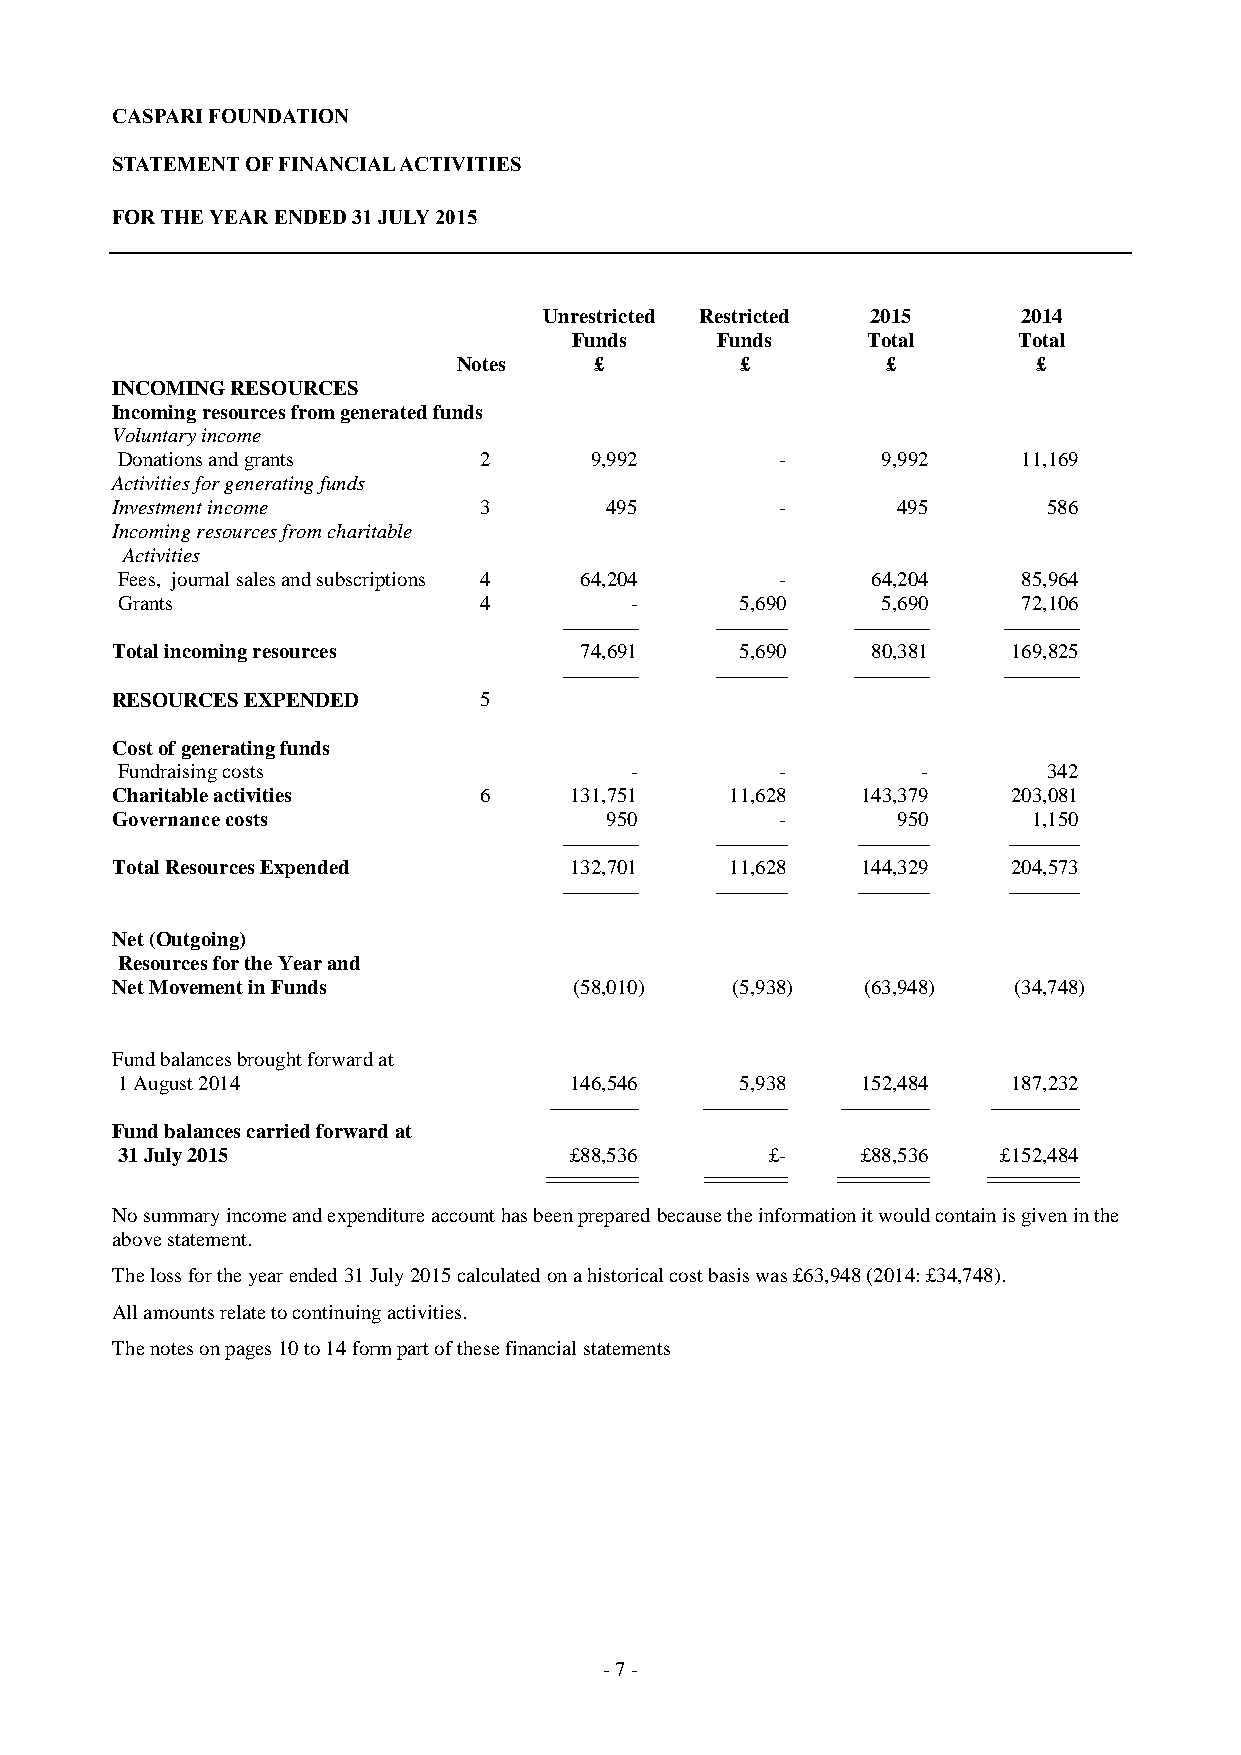
CASPARI FOUNDATION
 STATEMENT OF FINANCIAL ACTIVITIES
 FOR THE YEAR ENDED 31 JULY 2015
 Unrestricted Restricted 2015    2014
 Funds    Funds     Total     Total
 Notes    £         £         £         £
 INCOMING RESOURCES
 Incoming resources from generated funds
 Voluntary income
 Donations and grants    2      9,992        -     9,992     11,169
 Activities for generating funds
 Investment income        3       495         -      495       586
 Incoming resources from charitable
 Activities
 Fees, journal sales and subscriptions 4 64,204 -  64,204    85,964
 Grants                  4         -      5,690    5,690     72,106
 ----------------- ---------------- ----------------- -----------------
 Total incoming resources       74,691     5,690    80,381   169,825
 ----------------- ---------------- ----------------- -----------------
 RESOURCES EXPENDED       5
 Cost of generating funds
 Fundraising costs                 -         -        -       342
 Charitable activities    6     131,751   11,628   143,379   203,081
 Governance costs                 950         -      950      1,150
 ----------------- ---------------- ---------------- ----------------
 Total Resources Expended       132,701   11,628   144,329   204,573
 ----------------- ---------------- ---------------- ----------------
 Net (Outgoing)
 Resources for the Year and
 Net Movement in Funds          (58,010)  (5,938)  (63,948)  (34,748)
 Fund balances brought forward at
 1 August 2014                 146,546    5,938   152,484   187,232
 -------------------- ------------------- -------------------- --------------------
 Fund balances carried forward at
 31 July 2015                  £88,536      £-    £88,536  £152,484
 ========== ========= ========== ==========
 No summary income and expenditure account has been prepared because the information it would contain is given in the
 above statement.
 The loss for the year ended 31 July 2015 calculated on a historical cost basis was £63,948 (2014: £34,748).
 All amounts relate to continuing activities.
 The notes on pages 10 to 14 form part of these financial statements
 - 7 -